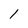
Character: 1